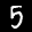
Label: 5